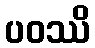
ပဝဿိ